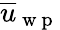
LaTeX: \overline{{u}}_{\mathrm{~w~p~}}